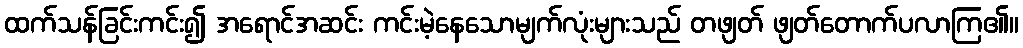
ထက်သန်ခြင်းကင်း၍ အရောင်အဆင်း ကင်းမဲ့နေသောမျက်လုံးများသည် တဖျတ် ဖျတ်တောက်ပလာကြ၏။